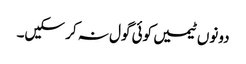
دونوں ٹیمیں کوئی گول نہ کر سکیں۔